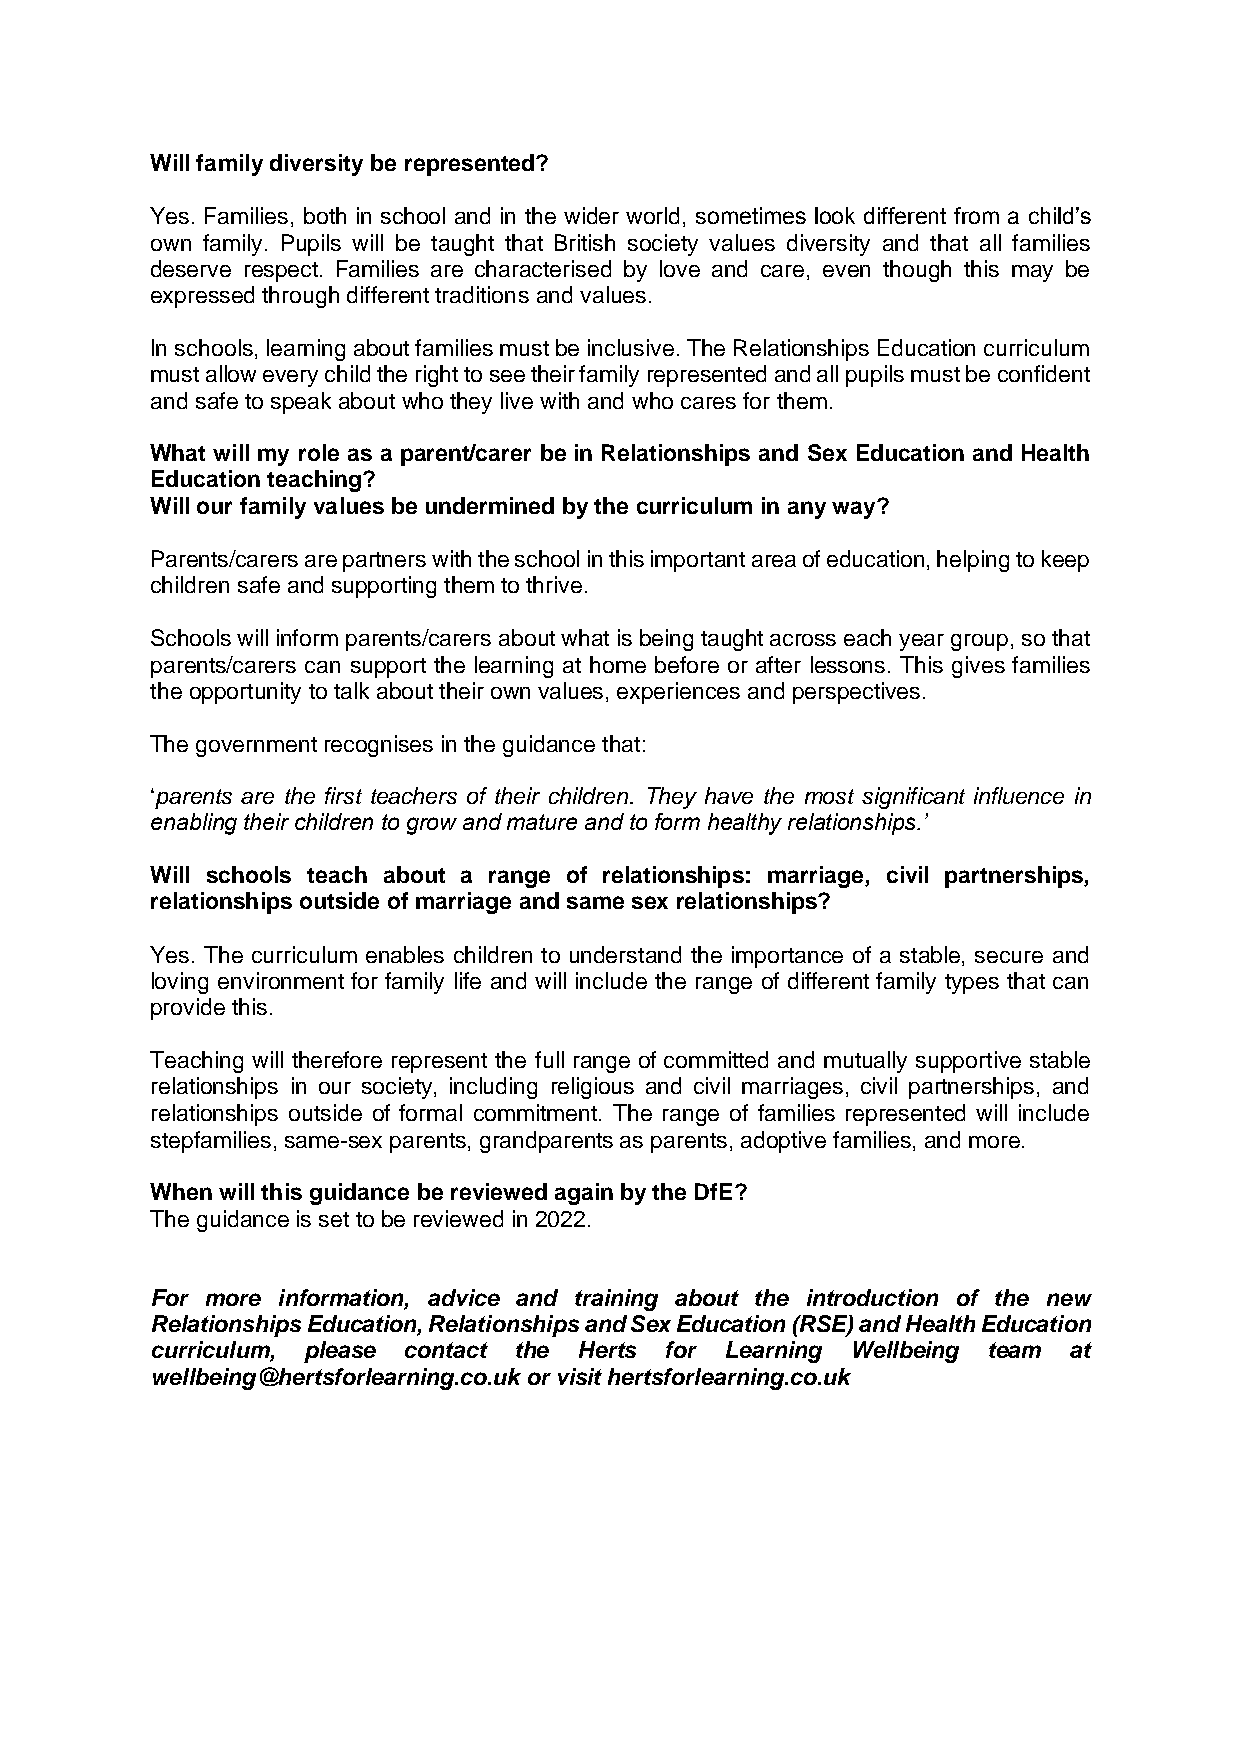
Will family diversity be represented?
 Yes. Families, both in school and in the wider world, sometimes look different from a child’s
 own family. Pupils will be taught that British society values diversity and that all families
 deserve respect. Families are characterised by love and care, even though this may be
 expressed through different traditions and values.
 In schools, learning about families must be inclusive. The Relationships Education curriculum
 must allow every child the right to see their family represented and all pupils must be confident
 and safe to speak about who they live with and who cares for them.
 What will my role as a parent/carer be in Relationships and Sex Education and Health
 Education teaching?
 Will our family values be undermined by the curriculum in any way?
 Parents/carers are partners with the school in this important area of education, helping to keep
 children safe and supporting them to thrive.
 Schools will inform parents/carers about what is being taught across each year group, so that
 parents/carers can support the learning at home before or after lessons. This gives families
 the opportunity to talk about their own values, experiences and perspectives.
 The government recognises in the guidance that:
 ‘parents are the first teachers of their children. They have the most significant influence in
 enabling their children to grow and mature and to form healthy relationships.’
 Will schools teach about a range of relationships: marriage, civil partnerships,
 relationships outside of marriage and same sex relationships?
 Yes. The curriculum enables children to understand the importance of a stable, secure and
 loving environment for family life and will include the range of different family types that can
 provide this.
 Teaching will therefore represent the full range of committed and mutually supportive stable
 relationships in our society, including religious and civil marriages, civil partnerships, and
 relationships outside of formal commitment. The range of families represented will include
 stepfamilies, same-sex parents, grandparents as parents, adoptive families, and more.
 When will this guidance be reviewed again by the DfE?
 The guidance is set to be reviewed in 2022.
 For more information, advice and training about the introduction of the new
 Relationships Education, Relationships and Sex Education (RSE) and Health Education
 curriculum, please contact the Herts for Learning Wellbeing team at
 wellbeing@hertsforlearning.co.uk or visit hertsforlearning.co.uk